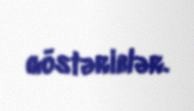
göstəriblər.